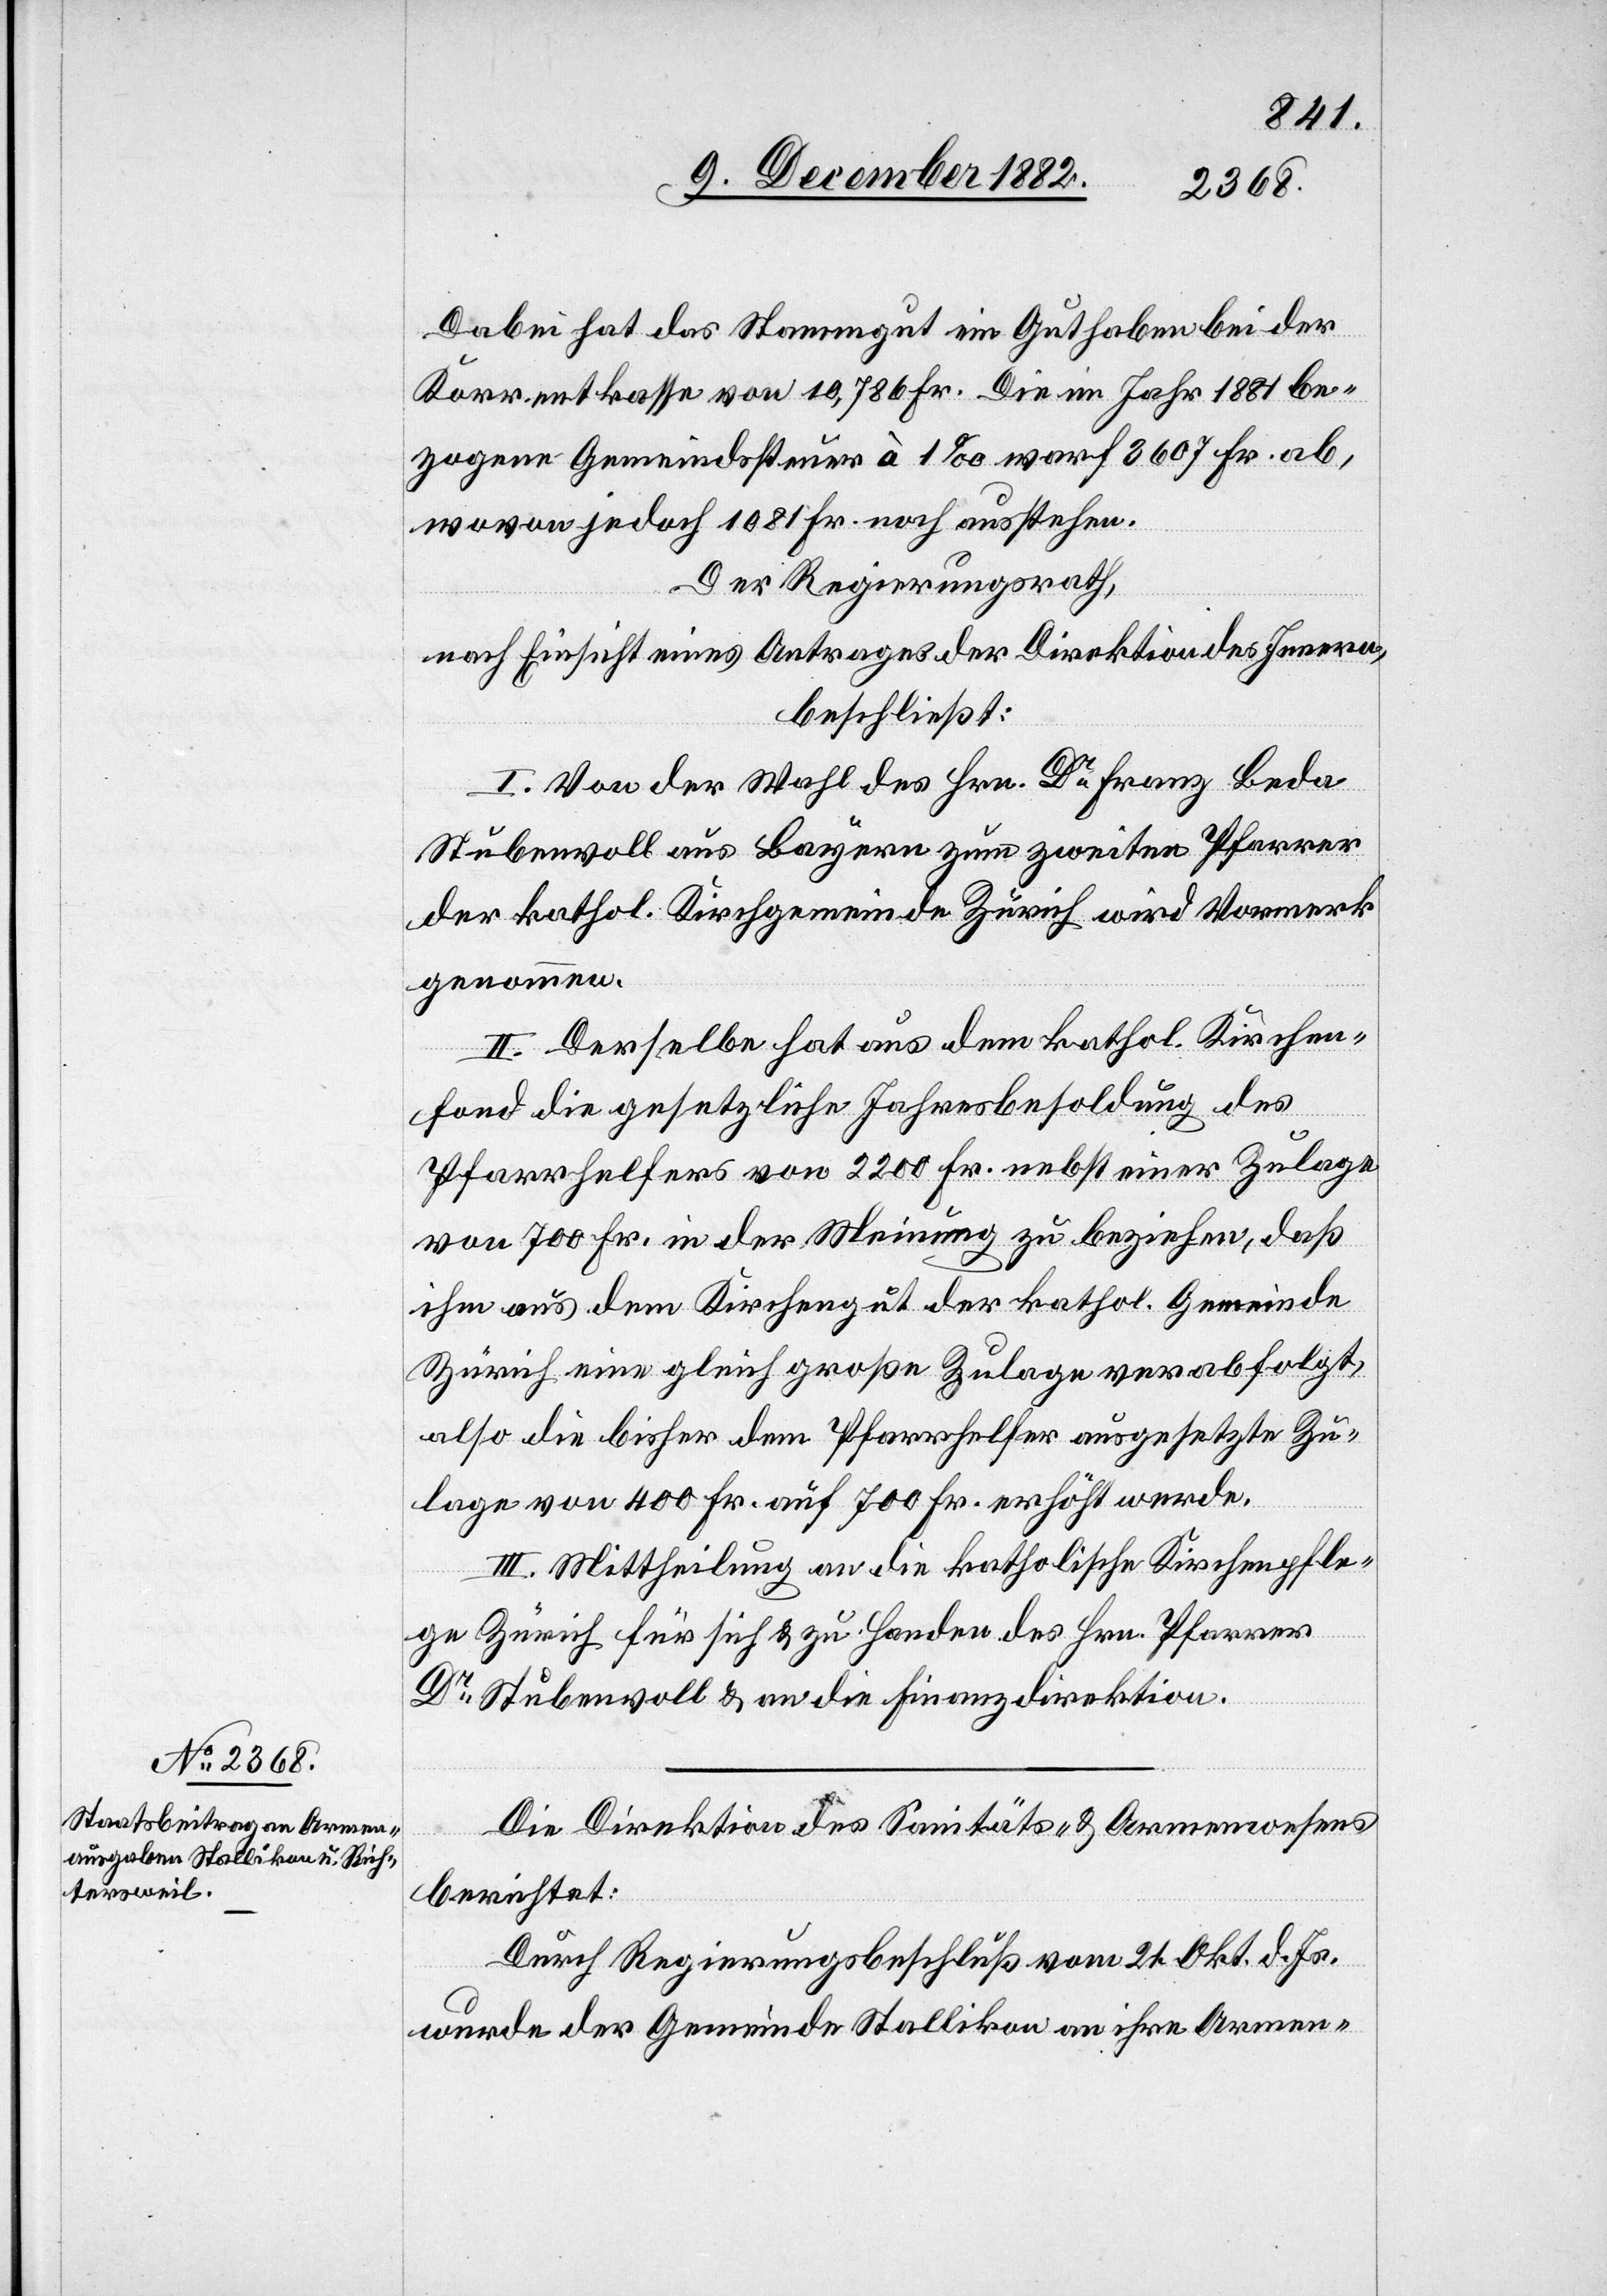
Dabei hat das Stammgut ein Guthaben bei der
Korrentkasse von 10,786 Fr. Die im Jahr 1881 be¬
zogene Gemeindssteuer à 1‰ warf 3607 Fr. ab,
wovon jedoch 1081 Fr. noch ausstehen.
Der Regierungsrath,
nach Einsicht eines Antrages der Direktion des Innern,
beschließt:
I. Von der Wahl des Hrn. Dr Franz Beda
Stubenwoll aus Bayern zum zweiten Pfarrer
der kathol. Kirchgemeinde Zürich wird Vormerk
genommen.
II. Derselbe hat aus dem kathol. Kirchen¬
fond die gesetzliche Jahresbesoldung des
Pfarrhelfers von 2200 Fr. nebst einer Zulage
von 700 Fr. in der Meinung zu beziehen, daß
ihm aus dem Kirchengut der kathol. Gemeinde
Zürich eine gleich große Zulage verabfolgt,
also die bisher dem Pfarrhelfer ausgesetzte Zu¬
lage von 400 Fr. auf 700 Fr. erhöht werde.
III. Mittheilung an die katholische Kirchenpfle¬
ge Zürich für sich & zu Handen des Hrn. Pfarrer
Dr Stubenwoll & an die Finanzdirektion.
Die Direktion des Sanitäts- & Armenwesens
berichtet:
Durch Regierungsbeschluß vom 21. Okt. d. Js.
wurde der Gemeinde Stallikon an ihre Armen-